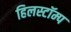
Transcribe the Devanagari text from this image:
हिलस्टॉम्प